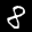
Label: 8